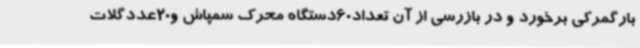
بارگمرکی برخورد و در بازرسی از آن تعداد60دستگاه محرک سمپاش و20عددگلات